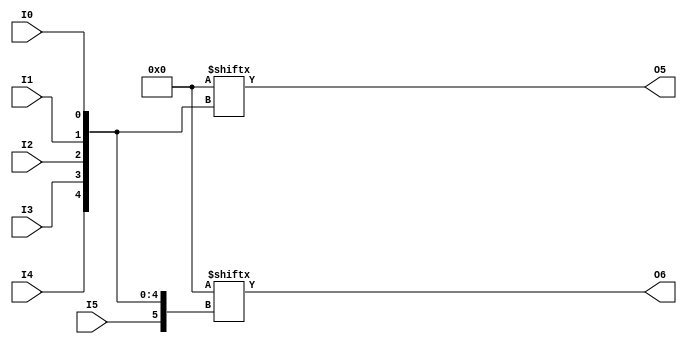
///////////////////////////////////////////////////////////////////////////////
// Copyright (c) 1995/2016 Xilinx, Inc.
// All Right Reserved.
///////////////////////////////////////////////////////////////////////////////
//   ____  ____
//  /   /\/   /
// /___/  \  /    Vendor      : Xilinx
// \   \   \/     Version     : 2017.1
//  \   \         Description : Xilinx Unified Simulation Library Component
//  /   /                  6-Bit Look-Up Table with Two Outputs
// /___/   /\     Filename : LUT6_2.v
// \   \  /  \
//  \___\/\___\
//
///////////////////////////////////////////////////////////////////////////////
//  Revision:
//    08/08/06 - Initial version.
//    06/04/07 - Change timescale form 100ps/10ps to 1ps/1ps.
//               Add wire definition.
//    06/19/07 - 441956 - Add LOC Parameter
//    12/13/11 - 524859 - Added `celldefine and `endcelldefine
//    09/12/16 - ANSI ports, speed improvements
//  End Revision:
///////////////////////////////////////////////////////////////////////////////

`timescale 1 ps/1 ps

`celldefine

module LUT6_2 #(
`ifdef XIL_TIMING
    parameter LOC = "UNPLACED",
`endif
    parameter [63:0] INIT = 64'h0000000000000000
) (
    output O5,
    output O6,

    input I0,
    input I1,
    input I2,
    input I3,
    input I4,
    input I5
);

  assign O5 = INIT[{I4, I3, I2, I1, I0}];
  assign O6 = INIT[{I5, I4, I3, I2, I1, I0}];

endmodule

`endcelldefine